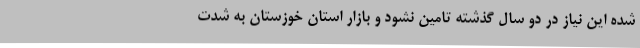
شده این نیاز در دو سال گذشته تامین نشود و بازار استان خوزستان به شدت